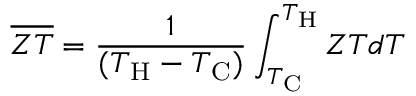
\overline { { Z T } } = \frac { 1 } { ( T _ { \mathrm { H } } - T _ { \mathrm { C } } ) } \int _ { T _ { \mathrm { C } } } ^ { T _ { \mathrm { H } } } Z T d T